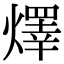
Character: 燡